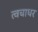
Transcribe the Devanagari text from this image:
त्वचाधर